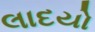
લાદયો